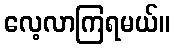
လေ့လာကြရမယ်။